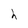
Character: h